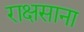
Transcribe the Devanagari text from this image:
राक्षसाना